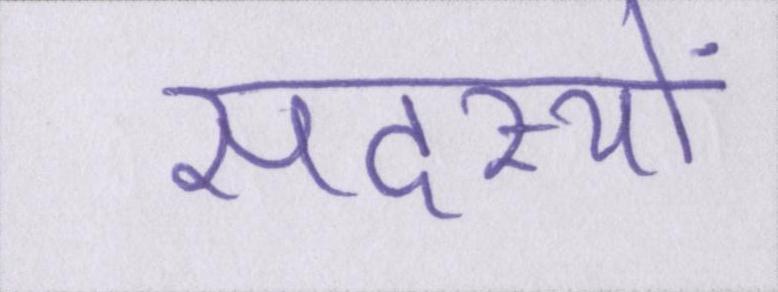
सदस्यों